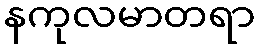
နကုလမာတရာ